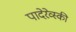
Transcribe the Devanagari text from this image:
पादेरेव्स्की